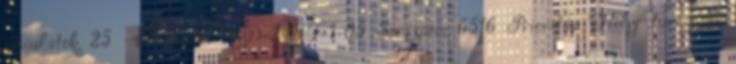
javaslatok 25 47 Kód: NyD-2-GF-1-05 Sorszám: 6516 Prioritás: Helyi turizmus